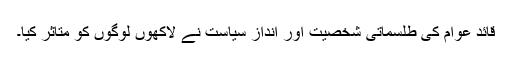
قائد عوام کی طلسماتی شخصیت اور انداز سیاست نے لاکھوں لوگوں کو متاثر کیا۔